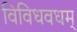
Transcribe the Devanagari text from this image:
विविधवधम्